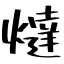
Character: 燵